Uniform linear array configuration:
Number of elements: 64
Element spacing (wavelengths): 1
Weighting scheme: cosine
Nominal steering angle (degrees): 15
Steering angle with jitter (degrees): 14.448
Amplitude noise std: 0.05
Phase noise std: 0.05

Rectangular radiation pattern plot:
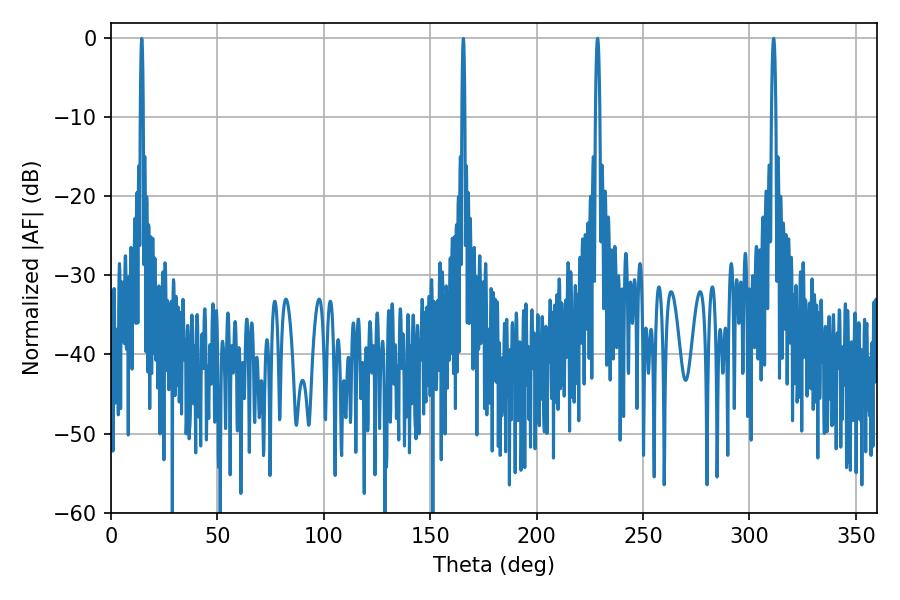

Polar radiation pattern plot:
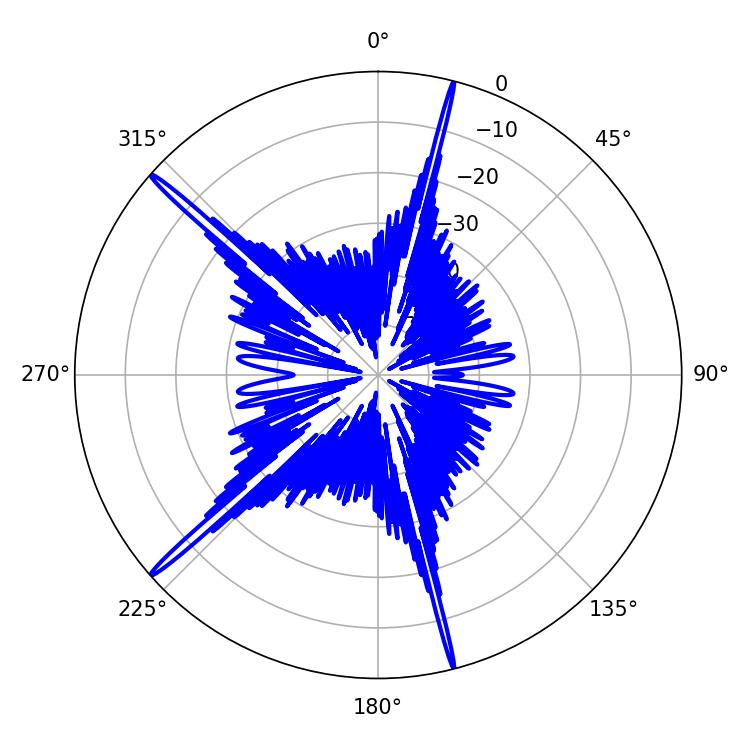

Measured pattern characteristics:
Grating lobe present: TRUE
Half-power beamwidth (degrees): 1.08
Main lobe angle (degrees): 228.6